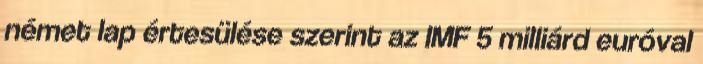
német lap értesülése szerint az IMF 5 milliárd euróval